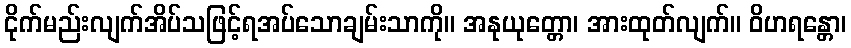
ငိုက်မည်းလျက်အိပ်သဖြင့်ရအပ်သောချမ်းသာကို။ အနုယုတ္တော၊ အားထုတ်လျက်။ ဝိဟရန္တော၊